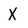
Character: X